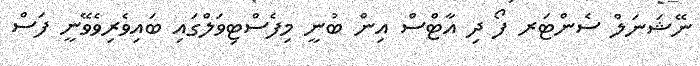
ނޭޝަނަލް ސެންޓަރ ފޯ ދި އާޓްސް އިން ބުނީ މިފެސްޓިވަލްގައި ބައިވެރިވެވޭނީ ފަސް